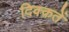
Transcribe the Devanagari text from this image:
दिक्क़तें